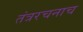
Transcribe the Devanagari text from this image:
तंत्ररचनाच